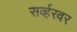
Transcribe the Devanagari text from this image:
सर्व्हरवर